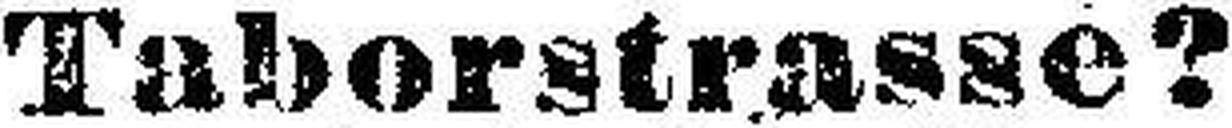
Taborstrasse?